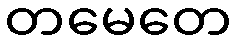
တမေတေ